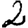
Digit: 2